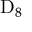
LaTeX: \mathrm { D } _ { 8 }